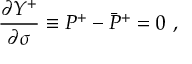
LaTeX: \frac { \partial Y ^ { + } } { \partial \sigma } \equiv P ^ { + } - \bar { P } ^ { + } = 0 ~ ,